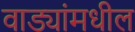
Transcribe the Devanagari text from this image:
वाड्यांमधील